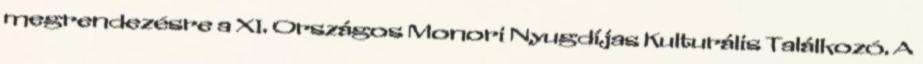
megrendezésre a XI. Országos Monori Nyugdíjas Kulturális Találkozó. A